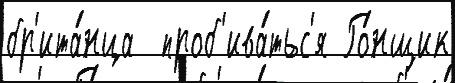
бр'ита́нца  проб'ива́тьс'я Го́нщик